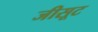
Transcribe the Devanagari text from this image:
जीसूट